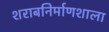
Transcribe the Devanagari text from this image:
शराबनिर्माणशाला